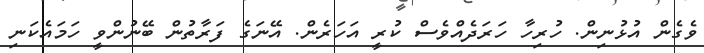
ވެގެން އުޅުނިން. ހުރިހާ ހަރަދެއްވެސް ކުރީ އަހަރެން. އޭނަގެ ފަރާތުން ބޭނުންވީ ހަމައެކަނި